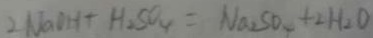
2 N a O H + H _ { 2 } S O _ { 4 } = N a _ { 2 } S O _ { 4 } + 2 H _ { 2 } O